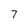
Character: 7